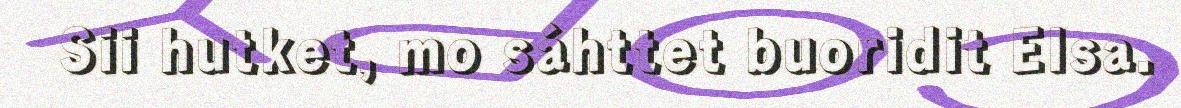
Sii hutket, mo sáhttet buoridit Elsa.